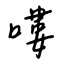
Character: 嘍